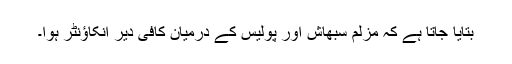
بتایا جاتا ہے کہ مزلم سبھاش اور پولیس کے درمیان کافی دیر انکاؤنٹر ہوا۔